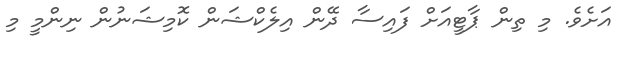
އަށެވެ. މި ތިން ޕާޓީއަށް ފައިސާ ދޭން އިލެކްޝަން ކޮމިޝަނުން ނިންމީ މި